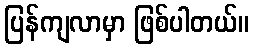
ပြန်ကျလာမှာ ဖြစ်ပါတယ်။